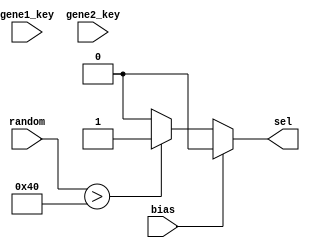
module crossover_sel_gen(
    input bias,
    input [7:0]  random,
    input [15:0] gene1_key,
    input [15:0] gene2_key,

    output reg sel
);

    //Assumption for random number and comparison logic
    //We are following a fixed point notation here with the MSB beign 2^0 and LSB
    //beign 2^-7
    wire [7:0] half;
    assign half = 8'b0100_0000;     //ie 2^-1
    
    
    // Combo logic for comparator
    always @(*)
    begin
        //if(gene1_key == gene2_key)
        if(bias == 1'b0)
        begin 
            if(random > half)
                //sel = ~bias ;
                sel = 1'b1;
            else
                sel = 1'b0;
        end
        else
            sel = 1'b0;
    
    end
endmodule


module mutation_sel_gen(
    input [7:0] random,
    input [7:0] mutation_prob,

    output reg sel
);

    //Assumption for random number and comparison logic
    //We are following a fixed point notation here with the MSB beign 2^0 and LSB
    //beign 2^-7
    
    // Combo logic for comparator
    always @(*)
    begin
    
        if(random > mutation_prob)
            sel = 1'b1;
        else
            sel = 1'b0;
    
    end
endmodule


module mutate_val_gen_attr1(
    input   [7:0]   random,
    input           gene_type,
    output reg [7:0]   mutated_val
    //output reg  [8:0]   mutated_val
);

    always @*
    begin
        if(gene_type == 1'b0)                       // if gene type is node
            mutated_val = random;                   //      Response is 8 bits
        else                                        // if gene type is conn
            mutated_val = 8'b0000_0001 & random;    //      Enabled is 1 bit
    end
endmodule

module mutate_val_gen_attr2(
    input       [7:0]   random,
    input               gene_type,
    output reg  [7:0]   mutated_val
);

    always @*
    begin
        if(gene_type == 1'b0)                       // if gene type is node
            mutated_val = 8'b0000_1111 & random;    //      Activation is 4 bits
        else                                        // if gene type is conn
            mutated_val = 8'b0000_0000;             //      Reserved for conn
    end
endmodule

module mutate_val_gen_attr3(
    input       [7:0]   random,
    input               gene_type,
    output reg  [7:0]   mutated_val
);

    always @*
    begin
        if(gene_type == 1'b0)                       // if gene type is node
            mutated_val = 8'b0000_0111 & random;    //      Aggregation is 3 bits
        else                                        // if gene type is conn
            mutated_val = 8'b0000_0000;             //      Reserved for conn
    end
endmodule


/*
module del_list_node_match(
    src_node,
    dest_node, 
    del_node_list,

    match
);
parameter GENE_SZ = 64;
parameter ATTR_SZ = 8;

input [ATTR_SZ - 1: 0] src_node;
input [ATTR_SZ - 1: 0] dest_node;
input [GENE_SZ - 1: 0] del_node_list;

output match;

wire [(GENE_SZ / ATTR_SZ) - 1: 0] match_bits_src;
wire [(GENE_SZ / ATTR_SZ) - 1: 0] match_bits_dest;

genvar i;
generate
    for(i = 0; i < (GENE_SZ / ATTR_SZ); i = i+1)
    begin
        assign match_bits_src[i] = src_node ^ del_node_list[(i+1) * ATTR_SZ - 1: i* ATTR_SZ];
    end
endgenerate

genvar j;
generate
    for(j = 0; j < (GENE_SZ / ATTR_SZ); j = j+1)
    begin
        assign match_bits_dest[j] = dest_node ^ del_node_list[(j+1) * ATTR_SZ - 1: j* ATTR_SZ];
    end
endgenerate

assign match = ~&{match_bits_src, match_bits_dest};

endmodule
*/